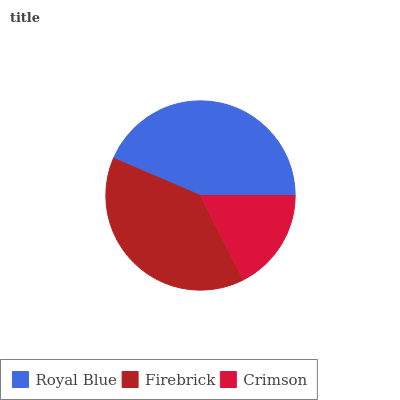
| Royal Blue | Firebrick | Crimson |
 | --- | --- | --- |
 | 43.6% | 38.9% | 17.5% |